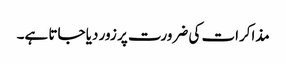
مذاکرات کی ضرورت پر زور دیا جاتا ہے۔